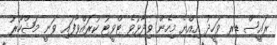
ރައީސް ޑރ ވަހީދު އިއްޔެ މިހެން ވިދާޅުވެ ޓްވީޓު ކުރައްވާފައި ވަނީ މަޝްހޫރު